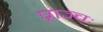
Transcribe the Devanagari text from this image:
प्राञ्चः